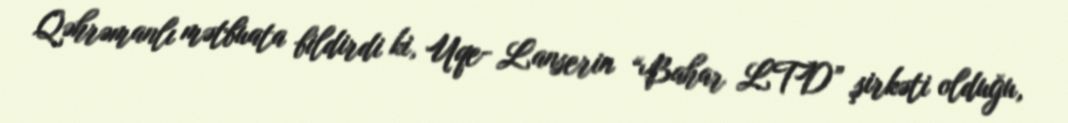
Qəhrəmanlı mətbuata bildirdi ki, Uqe- Lanserin “Bahar LTD” şirkəti olduğu,